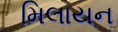
મિલાયન